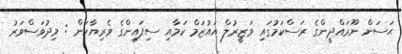
ޙަސަން ނޫރައްދީންގެ ރަސްކަމުގައި ވަޒީރުލް އައުޒަމް ކަމާއި ސިފައިންގެ ވެރިޔާކަން : މިދުވަސްވަރު